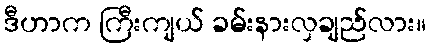
ဒီဟာက ကြီးကျယ် ခမ်းနားလှချည်လား။